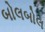
બોલબોલ